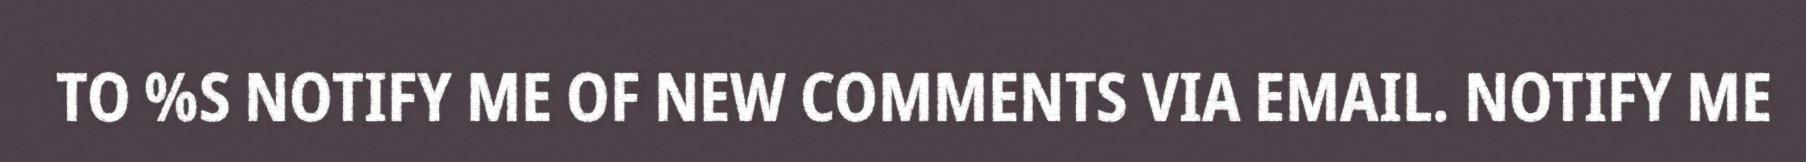
TO %S NOTIFY ME OF NEW COMMENTS VIA EMAIL. NOTIFY ME